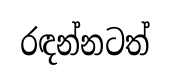
රඳන්නටත්